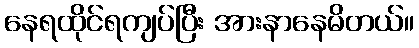
နေရထိုင်ရကျပ်ပြီး အားနာနေမိတယ်။